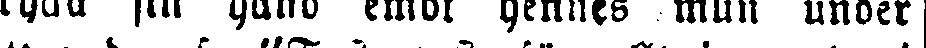
trycka sin hand emot hennes mun under